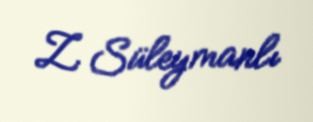
Z. Süleymanlı